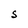
Character: S